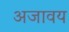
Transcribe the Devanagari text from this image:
अजावय